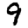
Digit: 9